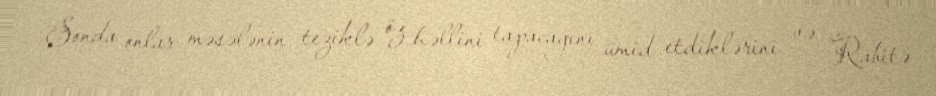
Sonda onlar məsələnin teziklə öz həllini tapacağını ümid etdiklərini və Rabitə